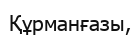
Құрманғазы,